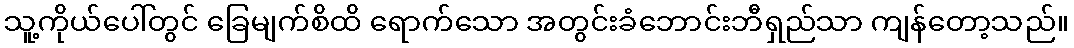
သူ့ကိုယ်ပေါ်တွင် ခြေမျက်စိထိ ရောက်သော အတွင်းခံဘောင်းဘီရှည်သာ ကျန်တော့သည်။